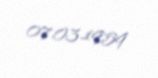
07.03.1959